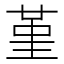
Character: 堇